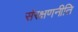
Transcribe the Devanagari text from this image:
संरक्षणनीति